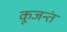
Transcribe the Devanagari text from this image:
कूजन्तं